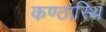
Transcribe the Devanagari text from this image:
कण्ठास्थि